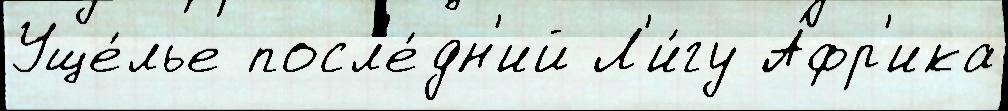
Уще́лье посл'е́дн'ий Л'и́гу А́фр'ика